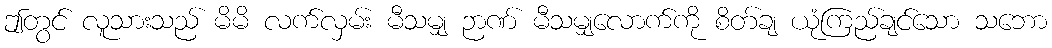
ဤတွင် လူသားသည် မိမိ လက်လှမ်း မီသမျှ ဉာဏ် မီသမျှလောက်ကို စိတ်ချ ယုံကြည်ချင်သော သဘော